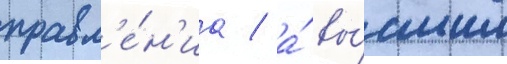
правл'е́н'иа / а́ вы́сшим